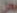
محل